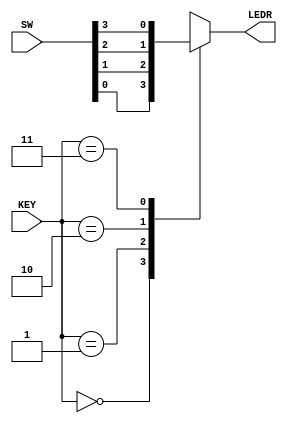
module mux_4_1_1_bit (
	input [3:0] SW, input [1:0] KEY,
	output reg [0:0] LEDR);
	always @(*)
		case (KEY)
			2'b00: LEDR[0] = SW[0];
			2'b01: LEDR[0] = SW[1];
			2'b10: LEDR[0] = SW[2];
			2'b11: LEDR[0] = SW[3];
		endcase
endmodule